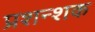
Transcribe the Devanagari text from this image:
प्रशन्शक